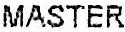
MASTER